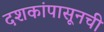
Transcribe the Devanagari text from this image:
दशकांपासूनची